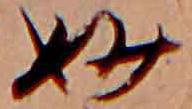
妙